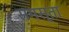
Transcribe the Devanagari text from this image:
समस्ता